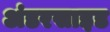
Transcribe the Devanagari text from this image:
अंडरसाइड